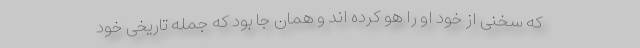
که سخنی از خود او را هو کرده اند و همان جا بود که جمله تاریخی خود